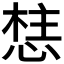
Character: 𭝦